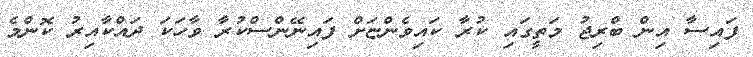
ފައިސާ އިން ބްރިޖު މަތީގައި ކުރާ ކައިވެންޏަށް ފައިނޭންސްކުރާ ވާހަކަ ދައްކާއިރު ކޮންމެ